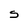
Character: S